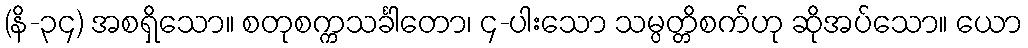
(နိ-၃၄) အစရှိသော။ စတုစက္ကသင်္ခါတော၊ ၄-ပါးသော သမ္ပတ္တိစက်ဟု ဆိုအပ်သော။ ယော